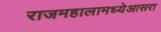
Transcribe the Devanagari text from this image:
राजमहालामध्येआसरा